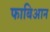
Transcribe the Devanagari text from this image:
फाबिआन